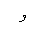
Letter: _waw